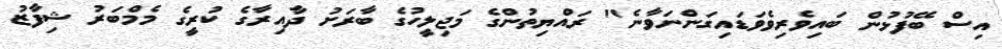
އިސް ބޭފުޅުން ބައިވެރިވެވަޑައިގަންނަވާނެ" ރައްޔިތުންގެ މަޖިލީހުގެ ބާރަށު ދާއިރާގެ ކުރީގެ މެމްބަރު ޝިފާޒު